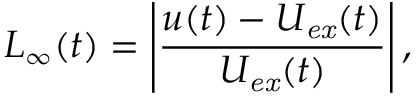
L _ { \infty } ( t ) = \left| \frac { u ( t ) - U _ { \mathit { e x } } ( t ) } { U _ { \mathit { e x } } ( t ) } \right| ,